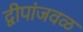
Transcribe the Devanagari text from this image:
द्वीपांजवळ